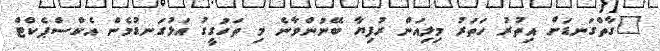
"ގާތްގަނޑަށް އިތުރު ހަތަރު މިލިއަން ރުފިޔާ ބޭނުންވާނެ މި ތަހުގީގު އަޅުގަނޑުމެން އެކްސްޕެކްޓް